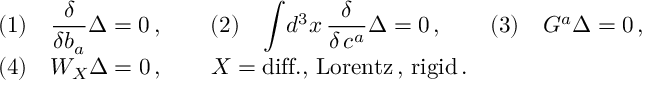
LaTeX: \begin{array} { l } { { ( 1 ) \quad { \displaystyle { \frac { \delta } { \delta b _ { a } } } } \Delta = 0 \, , \qquad ( 2 ) \quad \displaystyle { \int } d ^ { 3 } x \, { \displaystyle { \frac { \delta } { \delta \, c ^ { a } } } } \Delta = 0 \, , \qquad ( 3 ) \quad { \cal G } ^ { a } \Delta = 0 \, , } } \\ { { ( 4 ) \quad { \cal W } _ { X } \Delta = 0 \, , \qquad X = \mathrm { d i f f . , \, L o r e n t z \, , \, r i g i d } \, . } } \end{array}